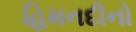
હિમનદીનો